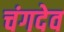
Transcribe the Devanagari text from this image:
चंगदेव